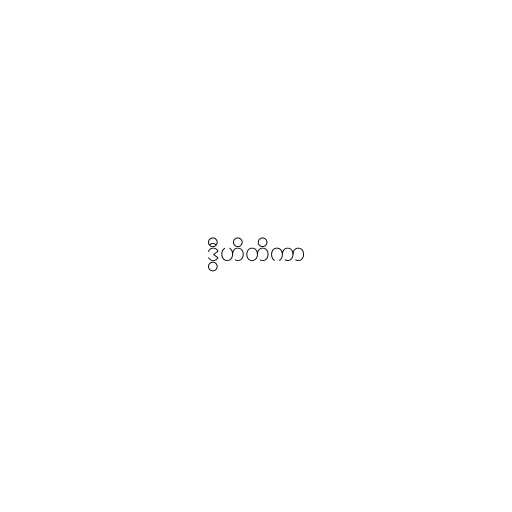
ဒွီဟိတိကာ